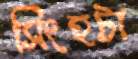
সিংহটা